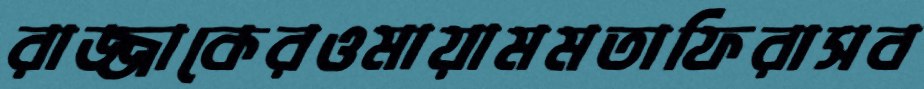
রাজ্জাকেরওমায়ামমতাফিরাসব